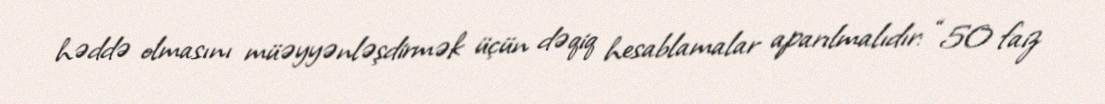
həddə olmasını müəyyənləşdirmək üçün dəqiq hesablamalar aparılmalıdır: “50 faiz